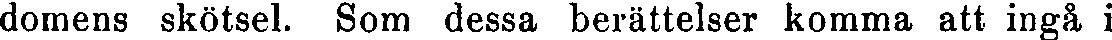
domens skötsel. Som dessa berättelser komma att ingå i